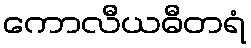
ကောလီယဓီတရံ